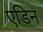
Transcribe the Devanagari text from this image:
एडिन